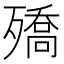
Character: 𭮡